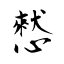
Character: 憖